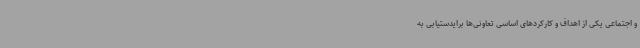
و اجتماعی یکی از اهداف و کارکردهای اساسی تعاونی‌ها برایدستیابی به